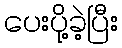
ပေးပို့ခဲ့ပြီး